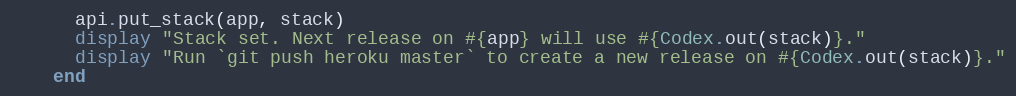
Language: Ruby
      api.put_stack(app, stack)
      display "Stack set. Next release on #{app} will use #{Codex.out(stack)}."
      display "Run `git push heroku master` to create a new release on #{Codex.out(stack)}."
    end